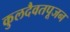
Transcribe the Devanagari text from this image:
कुलदैवतपूजन